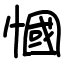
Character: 慖